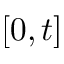
[ 0 , t ]